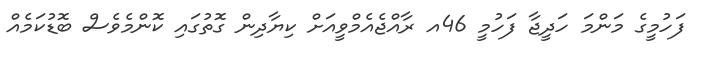
ފަހުމީގެ މަންމަ ހަދީޖާ ފަހުމީ 46އ ރާއްޖެއެމްވީއަށް ކިޔާދިން ގޮތުގައި ކޮންމެވެސް ބޮޑުކަމެއް